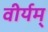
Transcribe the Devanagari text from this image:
वीर्यम्